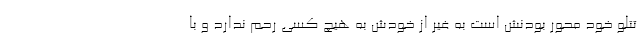
تتلو خود محور بودنش است به غیر از خودش به هیچ کسی رحم ندارد و با